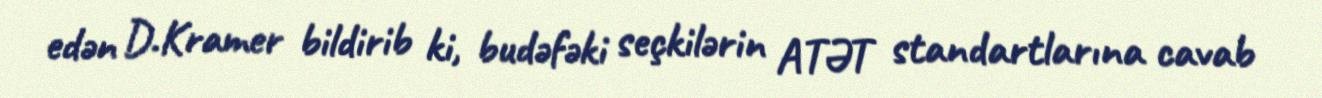
edən D.Kramer bildirib ki, budəfəki seçkilərin ATƏT standartlarına cavab